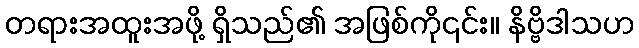
တရားအထူးအဖို့ ရှိသည်၏ အဖြစ်ကို၎င်း။ နိဗ္ဗိဒါသဟ